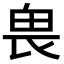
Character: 𠂽